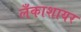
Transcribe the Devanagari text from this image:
लँकाशायर